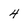
Character: 4